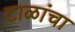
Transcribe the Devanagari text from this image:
टाळांचा